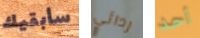
سأبقيك ردائي أحد